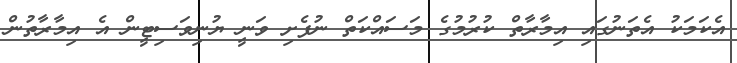
އެކަމަކު އެތަނުގައި އިމާރާތް ކުރުމުގެ މަސައްކަތް ނުފެށި ވަނީ ޔުނިވަސިޓީން އެ އިމާރާތުން